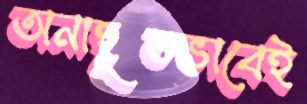
অনাহূতভাবেই